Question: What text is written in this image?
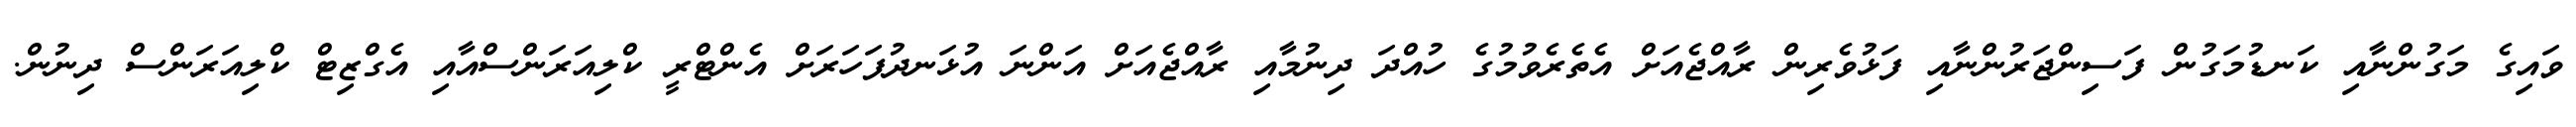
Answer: ވައިގެ މަގުންނާއި ކަނޑުމަގުން ފަސިންޖަރުންނާއި ފަޅުވެރިން ރާއްޖެއަށް އެތެރެވުމުގެ ހުއްދަ ދިނުމާއި ރާއްޖެއަށް އަންނަ އުޅަނދުފަހަރަށް އެންޓްރީ ކްލިއަރަންސްއާއި އެގްޒިޓް ކްލިއަރަންސް ދިނުން.